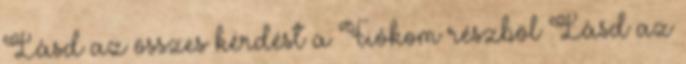
Lásd az összes kérdést a Fiókom részböl Lásd az